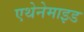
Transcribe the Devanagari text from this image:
एथेनेमाइड